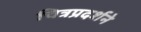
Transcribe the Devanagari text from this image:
चित्रप्रदर्शने